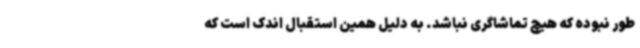
طور نبوده که هیچ تماشاگری نباشد. به دلیل همین استقبال اندک است که